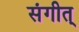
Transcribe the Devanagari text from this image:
संगीत्